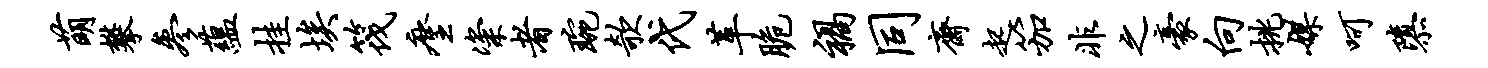
萌攀参蕴挂埃筏麈粢者琬欹代革脆祸同斋起笳非之豪向挑媒呵隳